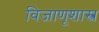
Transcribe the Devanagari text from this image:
विजाणूशास्त्र